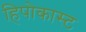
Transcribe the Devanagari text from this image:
हिपोकास्ट